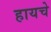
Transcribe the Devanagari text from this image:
हायचे